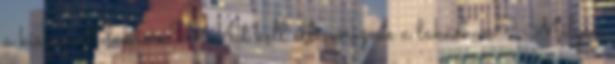
a kiszemelt lakásra? Mit kell ellenőriznie a lakásban? Milyen